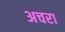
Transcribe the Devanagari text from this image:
अचरा